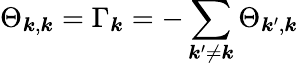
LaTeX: \Theta_{\boldsymbol{k},\boldsymbol{k}}=\Gamma_{\boldsymbol{k}}=-\sum_{\boldsymbol{k}^{\prime}\neq\boldsymbol{k}}\Theta_{\boldsymbol{k}^{\prime},\boldsymbol{k}}